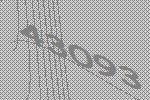
43093